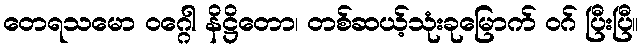
တေရသမော ဝဂ္ဂေါ နိဋ္ဌိတော၊ တစ်ဆယ့်သုံးခုမြောက် ဝဂ် ပြီးပြီ။